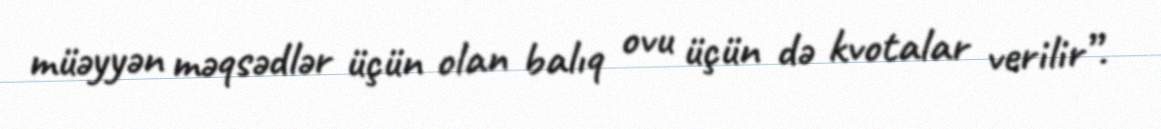
müəyyən məqsədlər üçün olan balıq ovu üçün də kvotalar verilir”.